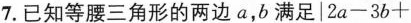
7.已知等腰三角形的两边a，b满足$$|2a-3b+$$